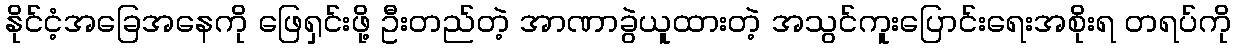
နိုင်ငံ့အခြေအနေကို ဖြေရှင်းဖို့ ဦးတည်တဲ့ အာဏာခွဲယူထားတဲ့ အသွင်ကူးပြောင်းရေးအစိုးရ တရပ်ကို